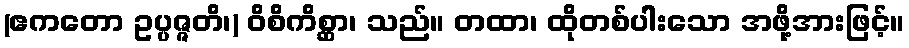
(ဧကတော ဥပ္ပဇ္ဇတိ၊) ဝိစိကိစ္ဆာ၊ သည်။ တထာ၊ ထိုတစ်ပါးသော အဖို့အားဖြင့်။